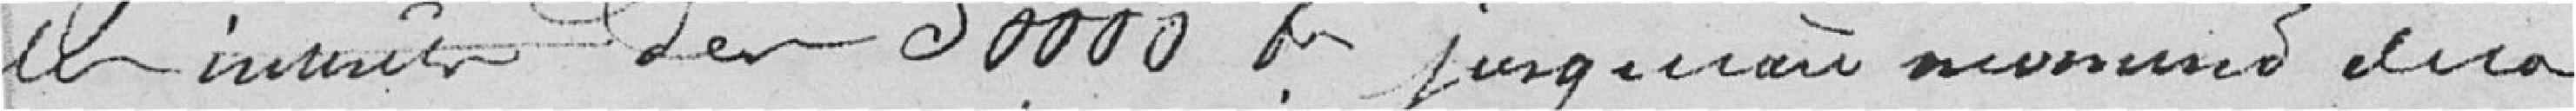
les intérêts des 30000 francs jusqu'au moment de la